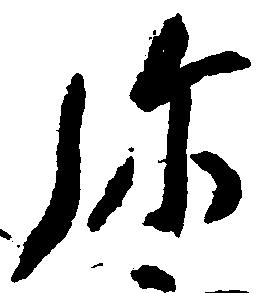
弥